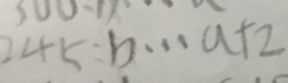
2 4 5 : b \cdots a + 2